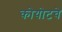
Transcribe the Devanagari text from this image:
कोयोटचे